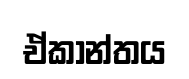
ඒකාන්තය